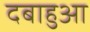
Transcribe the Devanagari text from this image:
दबाहुआ